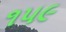
૧૫૯